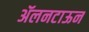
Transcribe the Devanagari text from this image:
ॲलनटाऊन